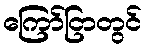
ကြော်ငြာတွင်